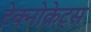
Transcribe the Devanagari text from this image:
टेक्नोक्रेट्स